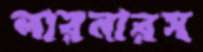
লারনারস